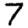
Digit: 7